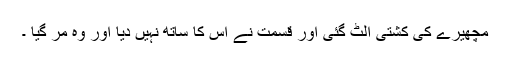
مچھیرے کی کشتی اُلٹ گئی اور قسمت نے اس کا ساتھ نہیں دیا اور وہ مر گیا ۔